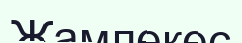
Жамлекес